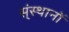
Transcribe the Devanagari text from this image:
स्ंस्थानों